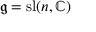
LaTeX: { \mathfrak { g } } = \mathrm { s l } ( n , \mathbb { C } )